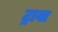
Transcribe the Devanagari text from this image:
ट्रावा